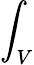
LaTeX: \int_{V}